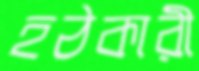
হঠকারী